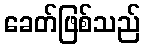
ခေတ်ဖြစ်သည်